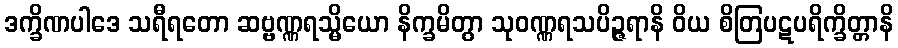
ဒက္ခိဏပါဒေ သရီရတော ဆဗ္ဗဏ္ဏရသ္မိယော နိက္ခမိတွာ သုဝဏ္ဏရသပိဉ္ဇရာနိ ဝိယ စိတြပဋပရိက္ခိတ္တာနိ